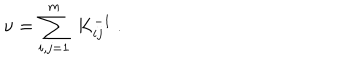
LaTeX: \nu = \sum _ { i , j = 1 } ^ { m } \ K _ { i j } ^ { - 1 } \ .